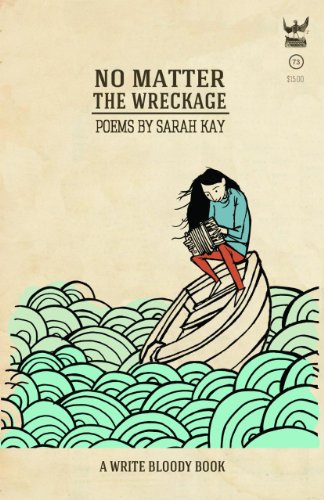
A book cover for No Matter the Wreckage; Sarah Kay; Literature & Fiction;